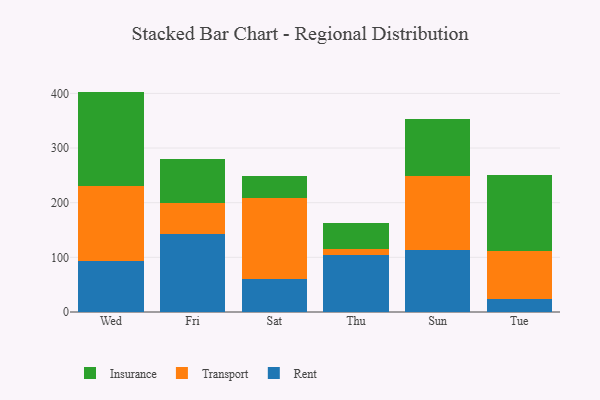
{"axis": {"x": "Day", "y": "Backlog"}, "legend": ["Insurance", "Rent", "Transport"], "data": [{"x": "Wed", "y": 93.8, "type": "Rent"}, {"x": "Wed", "y": 137.3, "type": "Transport"}, {"x": "Wed", "y": 172.2, "type": "Insurance"}, {"x": "Fri", "y": 143.0, "type": "Rent"}, {"x": "Fri", "y": 57.0, "type": "Transport"}, {"x": "Fri", "y": 80.5, "type": "Insurance"}, {"x": "Sat", "y": 60.0, "type": "Rent"}, {"x": "Sat", "y": 147.8, "type": "Transport"}, {"x": "Sat", "y": 41.1, "type": "Insurance"}, {"x": "Thu", "y": 104.4, "type": "Rent"}, {"x": "Thu", "y": 11.7, "type": "Transport"}, {"x": "Thu", "y": 47.5, "type": "Insurance"}, {"x": "Sun", "y": 112.7, "type": "Rent"}, {"x": "Sun", "y": 135.3, "type": "Transport"}, {"x": "Sun", "y": 104.4, "type": "Insurance"}, {"x": "Tue", "y": 22.9, "type": "Rent"}, {"x": "Tue", "y": 89.1, "type": "Transport"}, {"x": "Tue", "y": 138.4, "type": "Insurance"}]}